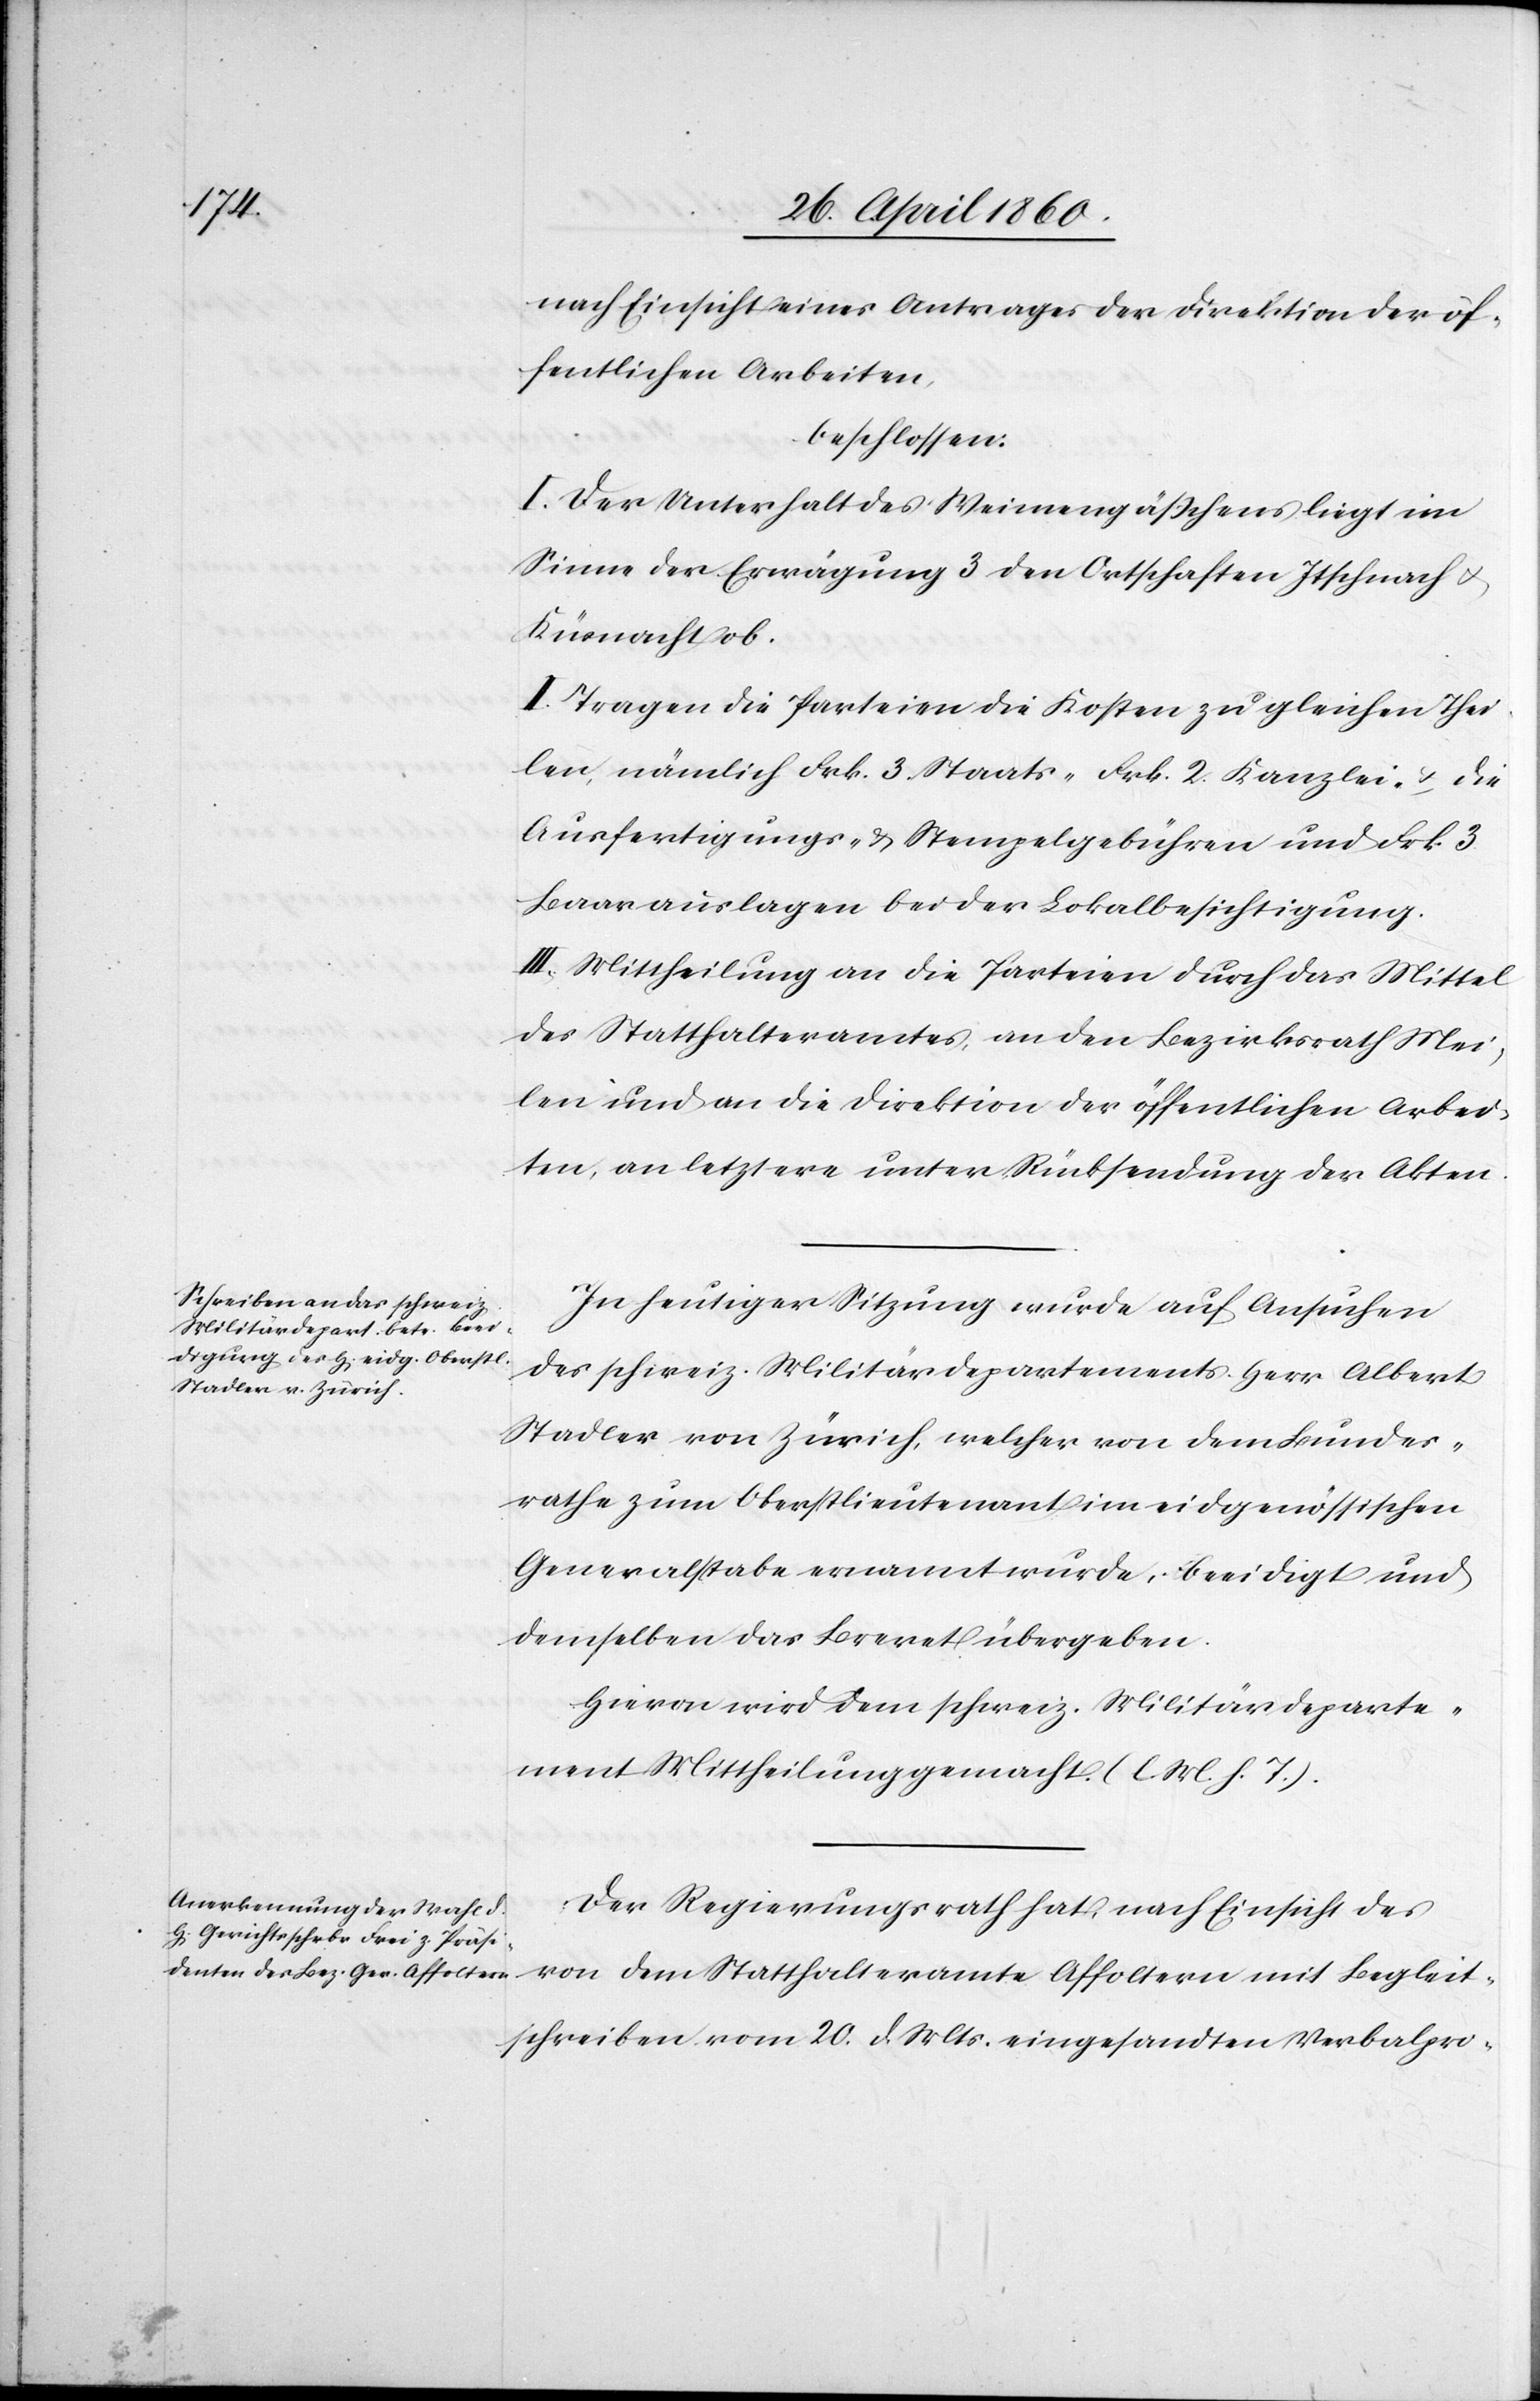
nach Einsicht eines Antrages der Direktion der öf¬
fentlichen Arbeiten,
beschlossen:
I. Der Unterhalt des Weimengäßchens liegt im
Sinne der Erwägung 3 den Ortschaften Itschnach u.
Küsnacht ob.
II. Tragen die Parteien die Kosten zu gleichen Thei¬
len, nämlich Frk. 3. Staats- Frk. 2. Kanzlei- u. die
Ausfertigungs- u. Stempelgebühren und Frk. 3.
Baarauslagen bei der Lokalbesichtigung.
III. Mitteilung an die Parteien durch das Mittel
des Statthalteramtes, an den Bezirksrath Mei¬
len und an die Direktion der öffentlichen Arbei¬
ten, an letztere unter Rücksendung der Akten.
In heutiger Sitzung wurde auf Ansuchen
des schweiz. Militärdepartements Herr Albert
Stadler von Zürich, welcher von dem Bundes¬
rathe zum Oberstlieutenant im eidgenössischen
Generalstabe ernannt wurde, beeidigt und
demselben das Brevet übergeben.
Hievon wird dem schweiz. Militärdeparte¬
ment Mittheilung gemacht. [l. M. h. T]
Der Regierungsrath hat, nach Einsicht des
von dem Statthalteramte Affoltern mit Begleit¬
schreiben vom 20. d. Mts. eingesandten Verbalpro-